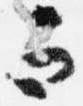
而